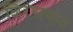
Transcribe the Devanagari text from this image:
शिरसगांव